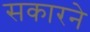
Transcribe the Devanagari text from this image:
सकारने